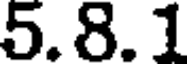
5.8.1